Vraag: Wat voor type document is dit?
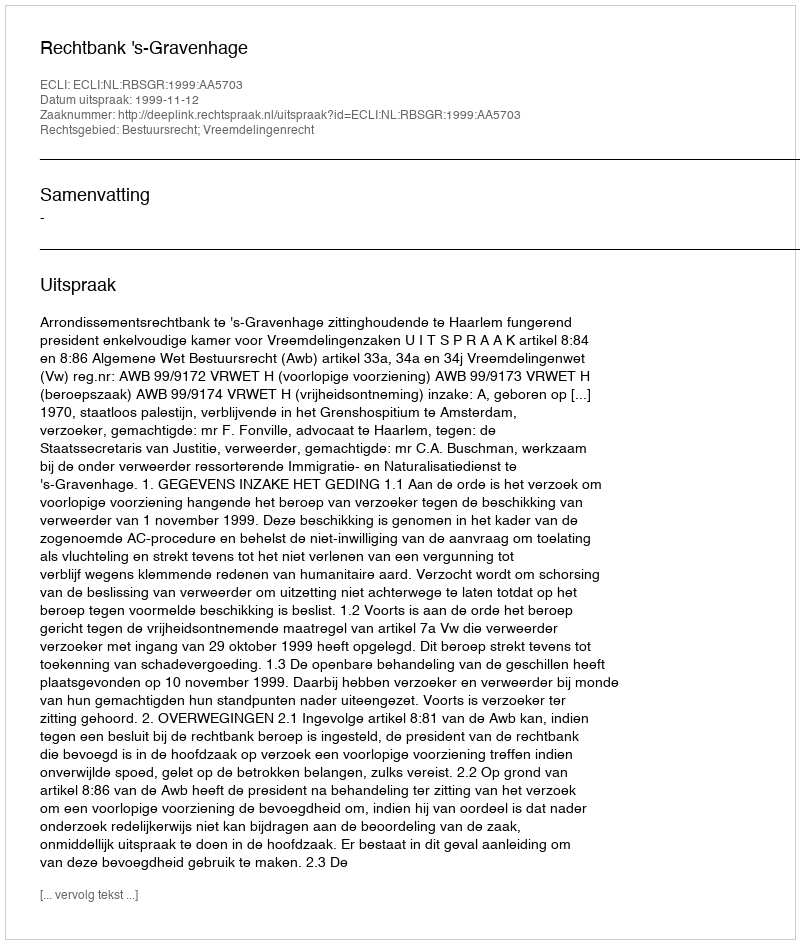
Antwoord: Uitspraak